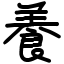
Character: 養